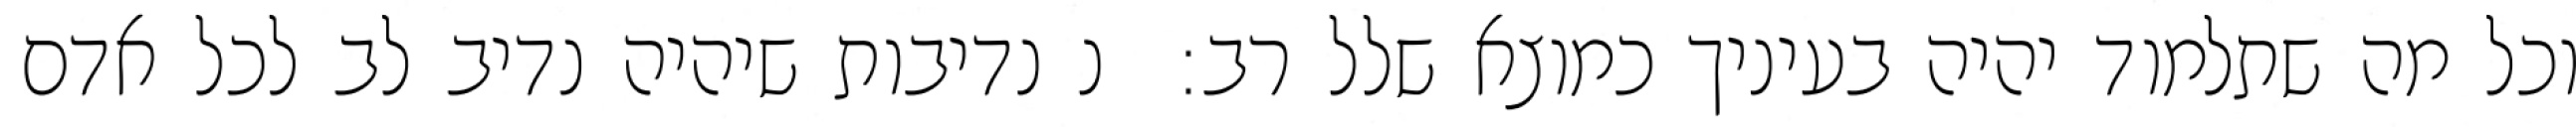
וכל מה שתלמוד יהיה בעיניך כמוצא שלל רב:  נ נדיבות שיהיה נדיב לב לכל אדם